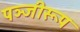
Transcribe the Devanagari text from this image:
पञ्जीरूप